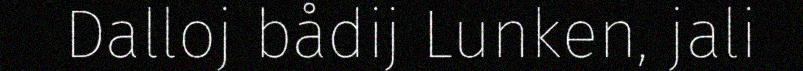
Dalloj bådij Lunken, jali